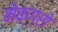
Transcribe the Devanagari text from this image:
मेक्ग्रो